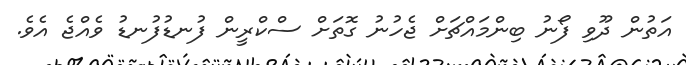
އަތުން ދޫވި ފޯނު ބިންމައްޗަށް ޖެހުނު ގޮތަށް ސްކްރީން ފުނޑުފުނޑު ވެއްޖެ އެވެ.